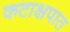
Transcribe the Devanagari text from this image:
कटाक्षपात